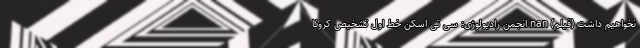
نخواهیم داشت (فیلم) nan انجمن رادیولوژی: سی تی اسکن خط اول تشخیص کرونا